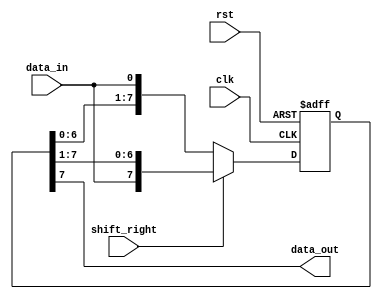
module siso_shift_register (
    input clk,
    input rst,
    input shift_right,
    input data_in,
    output reg data_out
);

reg [7:0] shift_reg;

always @(posedge clk or posedge rst) begin
    if (rst) begin
        shift_reg <= 8'b00000000;
    end else begin
        if (shift_right) begin
            shift_reg <= {data_in, shift_reg[7:1]};
        end else begin
            shift_reg <= {shift_reg[6:0], data_in};
        end
    end
end

assign data_out = shift_reg[7];

endmodule